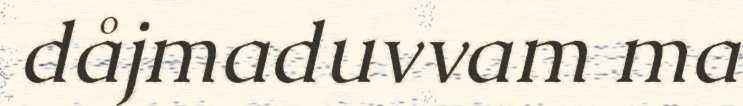
dåjmaduvvam ma